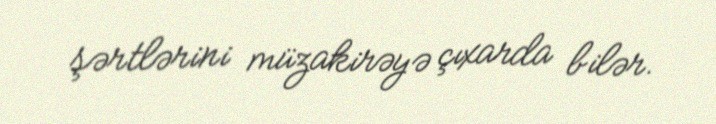
şərtlərini müzakirəyə çıxarda bilər.